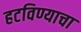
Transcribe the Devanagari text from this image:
हटविण्याचा